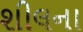
શીલના